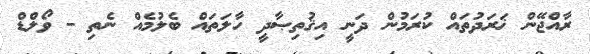
ރާއްޖޭން ޚަރަދުތައް ކުރަމުން ދަނީ އިޤުތިޞާދީ ހާލަތައް ބެލުމެއް ނެތި - ވޯލްޑް